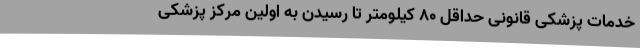
خدمات پزشکی قانونی حداقل ۸۰ کیلومتر تا رسیدن به اولین مرکز پزشکی